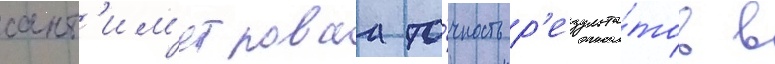
сант'им'етроваа то́чность р'езульта́тов в